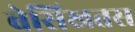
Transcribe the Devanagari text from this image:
बेसिखतस